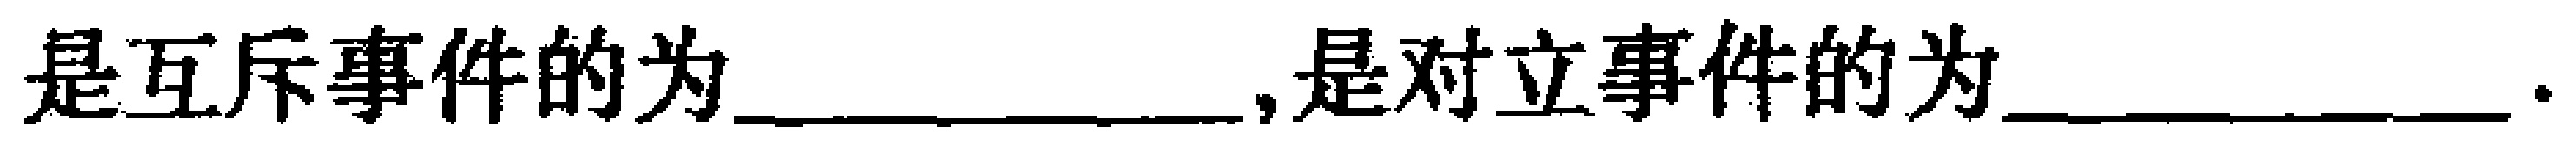
是互斥事件的为____________,是对立事件的为____________.